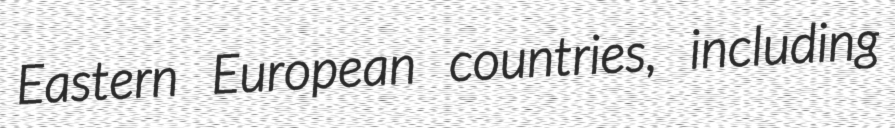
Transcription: Eastern European countries, including